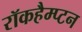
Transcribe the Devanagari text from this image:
रॉकहैम्प्टन